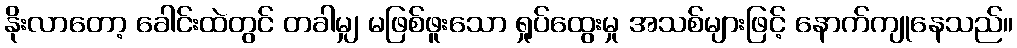
နိုးလာတော့ ခေါင်းထဲတွင် တခါမျှ မဖြစ်ဖူးသော ရှုပ်ထွေးမှု အသစ်များဖြင့် နောက်ကျုနေသည်။